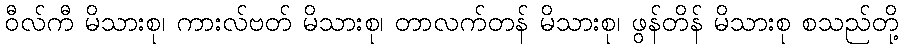
ဝီလ်ကီ မိသားစု၊ ကားလ်ဗတ် မိသားစု၊ တာလက်တန် မိသားစု၊ ဖွန်တိန် မိသားစု စသည်တို့